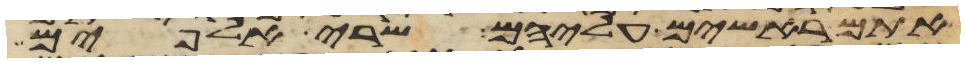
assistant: אתם ראשים עליהם שרי אלפים